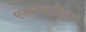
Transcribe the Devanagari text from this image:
एक्स्त्रप्य्रामिदल